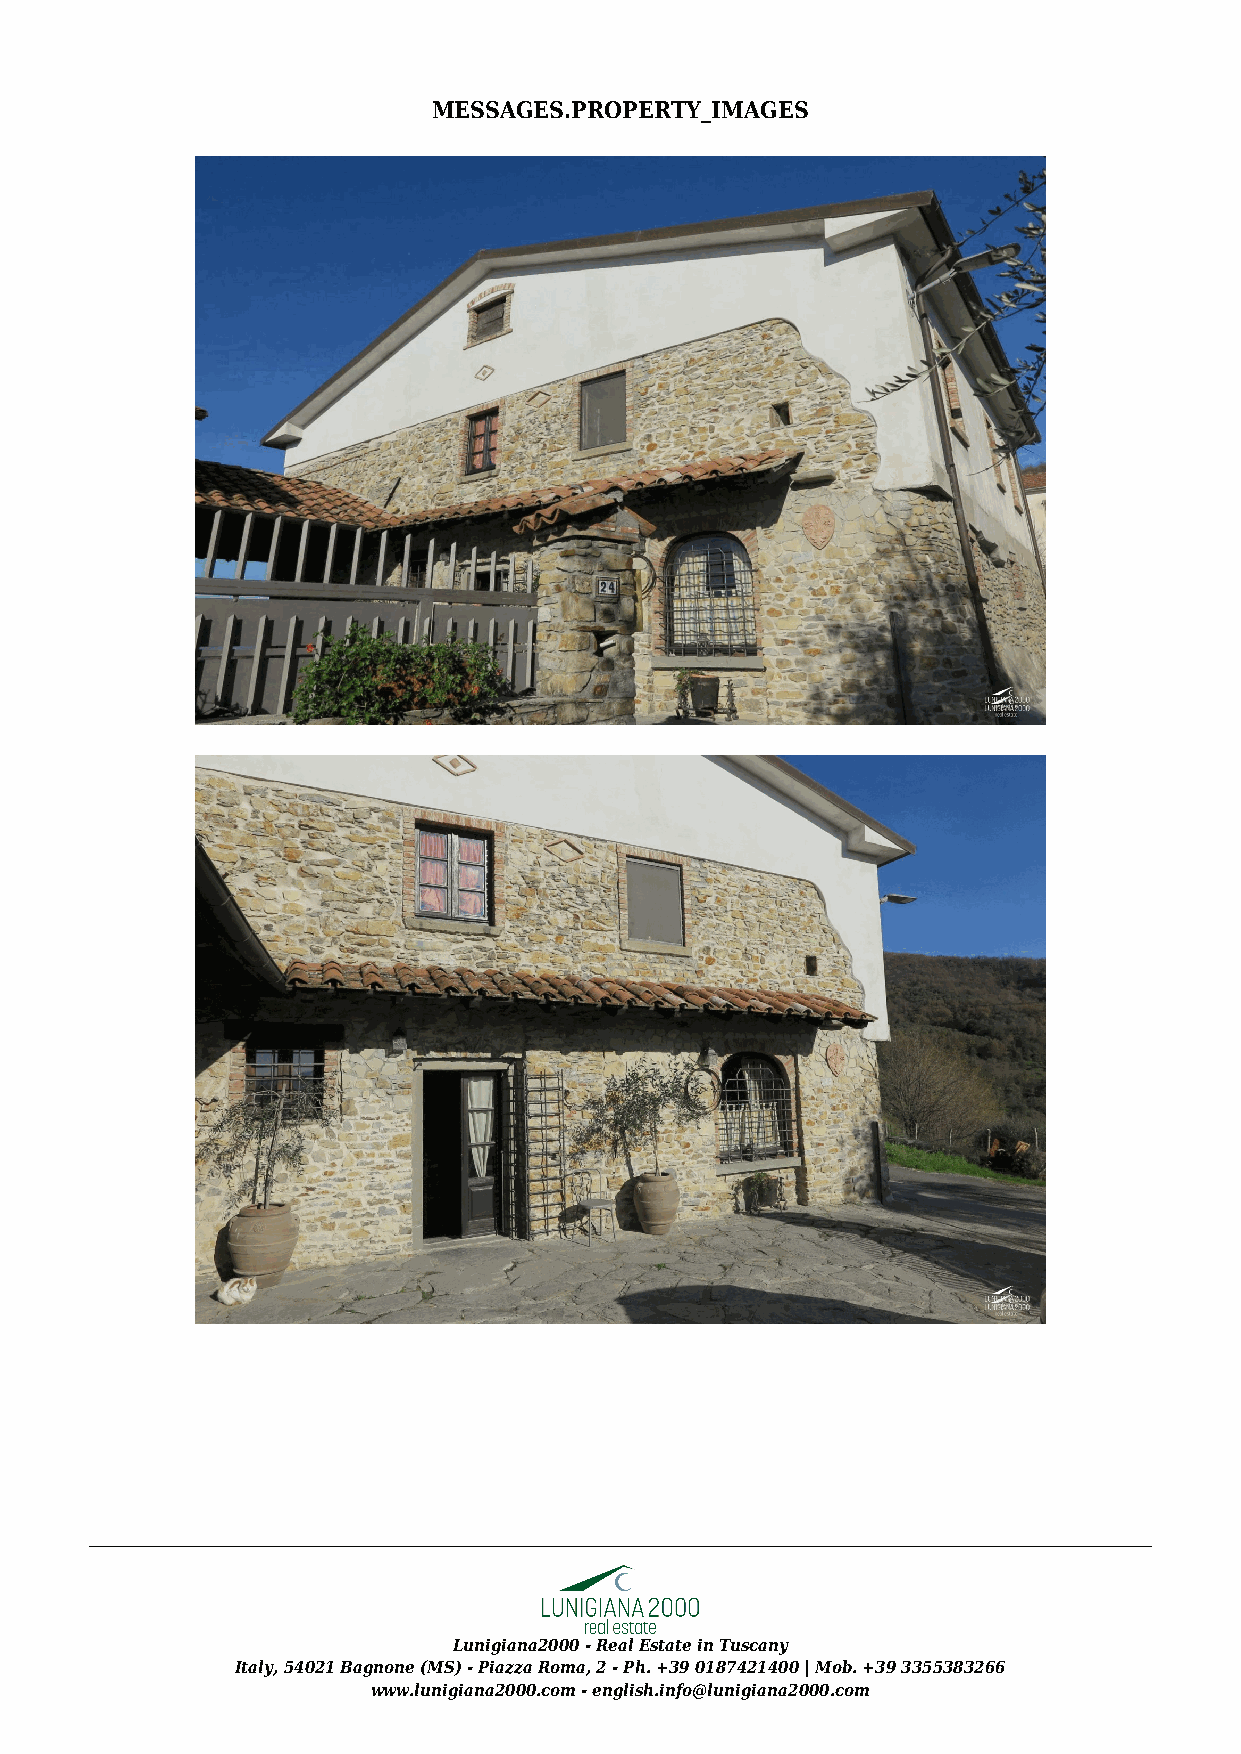
MESSAGES.PROPERTY_IMAGES
 Lunigiana2000 - Real Estate in Tuscany
 Italy, 54021 Bagnone (MS) - Piazza Roma, 2 - Ph. +39 0187421400 | Mob. +39 3355383266
 www.lunigiana2000.com - english.info@lunigiana2000.com